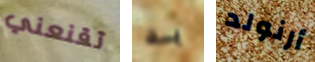
تقنعني به أرنولد